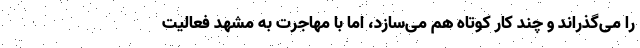
را می‌گذراند و چند کار کوتاه هم می‌سازد، اما با مهاجرت به مشهد فعالیت